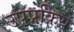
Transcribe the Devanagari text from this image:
उपप्रक्रिये